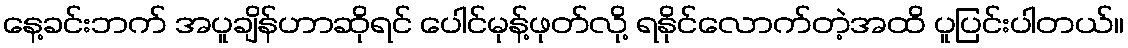
နေ့ခင်းဘက် အပူချိန်ဟာဆိုရင် ပေါင်မုန့်ဖုတ်လို့ ရနိုင်လောက်တဲ့အထိ ပူပြင်းပါတယ်။